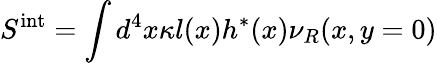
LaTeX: S^{\mathrm{int}}=\int d^{4}x\kappa l(x)h^{*}(x)\nu_{R}(x,y=0)